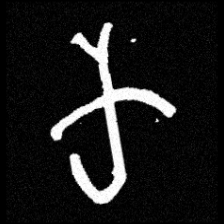
Pyu character \u2014 Myanmar letter: က (romanized: ka)